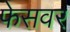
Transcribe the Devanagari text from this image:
फेसवर